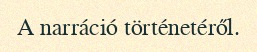
A narráció történetéről.